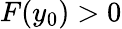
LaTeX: F(y_{0})>0